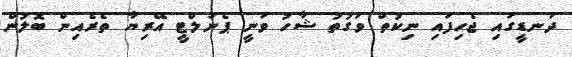
ދަނޑީގައި ޖެހިފައި ނިކުތް ވަގުތު ޝާހު ވަނީ ޕެނަލްޓީ އޭރިޔާ ތެރެއިން ބޮލުން